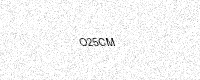
Text: O25CM